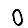
Digit: 0